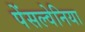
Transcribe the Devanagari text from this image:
पेंसल्वेनिया